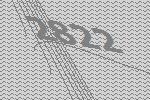
2822